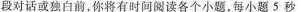
段对话或独白前，你将有时间阅读各个小题，每小题5秒